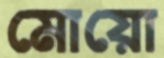
মোয়ো